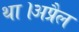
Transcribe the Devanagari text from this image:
था।अप्रैल